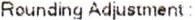
ROUNDING ADJUSTMENT: